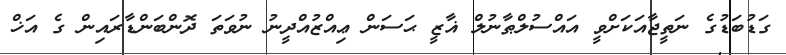
ގަޑުބަޑުގެ ނަތީޖާއަކަށްވީ އައްސުލްޠާނުލް ޣާޒީ ޙަސަން ޢިއްޒުއްދީނު ނުވަތަ ދޮންބަންޑާރައިން ގެ އަޚް